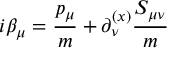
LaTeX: i \beta _ { \mu } = { \frac { p _ { \mu } } { m } } + \partial _ { \nu } ^ { ( x ) } { { \frac { S _ { \mu \nu } } { m } } }